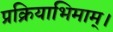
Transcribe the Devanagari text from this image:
प्रक्रियाभिमाम्।